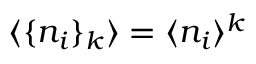
\langle \lbrace n _ { i } \rbrace _ { k } \rangle = \langle n _ { i } \rangle ^ { k }